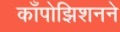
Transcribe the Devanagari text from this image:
काँपोझिशनने